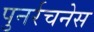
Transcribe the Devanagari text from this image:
पुनर्रचनेस